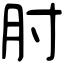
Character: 肘